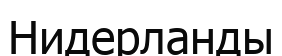
Нидерланды